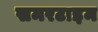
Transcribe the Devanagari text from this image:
समरटाइम